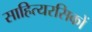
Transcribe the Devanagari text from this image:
साहित्यरसिकों